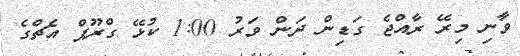
ވާނި މިރޭ ރާއްޖެ ގަޑިން ދަން ވަރު 1:00 ކުޅޭ ގްރޫޕް އެޗްގެ